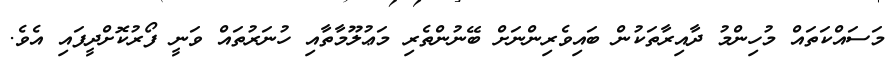
މަސައްކަތައް މުހިންމު ދާއިރާތަކުން ބައިވެރިންނަށް ބޭނުންތެރި މަޢުލޫމާތާއި ހުނަރުތައް ވަނީ ފޯރުކޮށްދީފައި އެވެ.